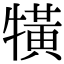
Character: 𤛥